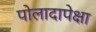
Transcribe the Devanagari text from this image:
पोलादापेक्षा